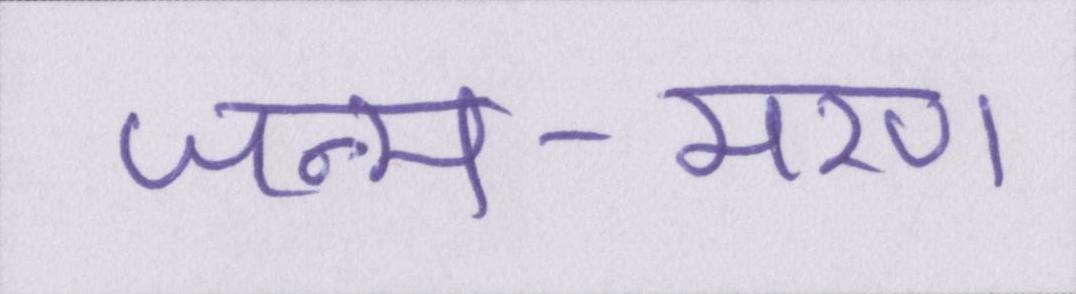
जन्म-मरण